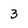
Character: 3